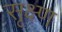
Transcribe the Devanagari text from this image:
सृक्ष्‍ण